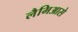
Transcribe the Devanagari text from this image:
लैमिआसे